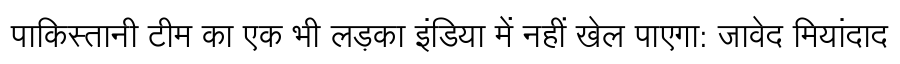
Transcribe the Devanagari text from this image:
पाकिस्तानी टीम का एक भी लड़का इंडिया में नहीं खेल पाएगा: जावेद मियांदाद